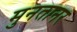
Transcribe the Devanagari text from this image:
मुनतानर